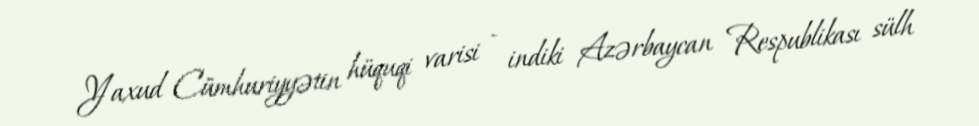
Yaxud Cümhuriyyətin hüquqi varisi - indiki Azərbaycan Respublikası sülh